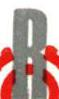
R